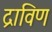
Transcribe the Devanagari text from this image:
द्राविण